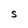
Character: S